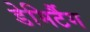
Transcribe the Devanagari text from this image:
डेमिर्टैग